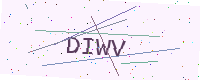
Text: DIWV